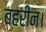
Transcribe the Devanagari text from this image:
बहरीन।